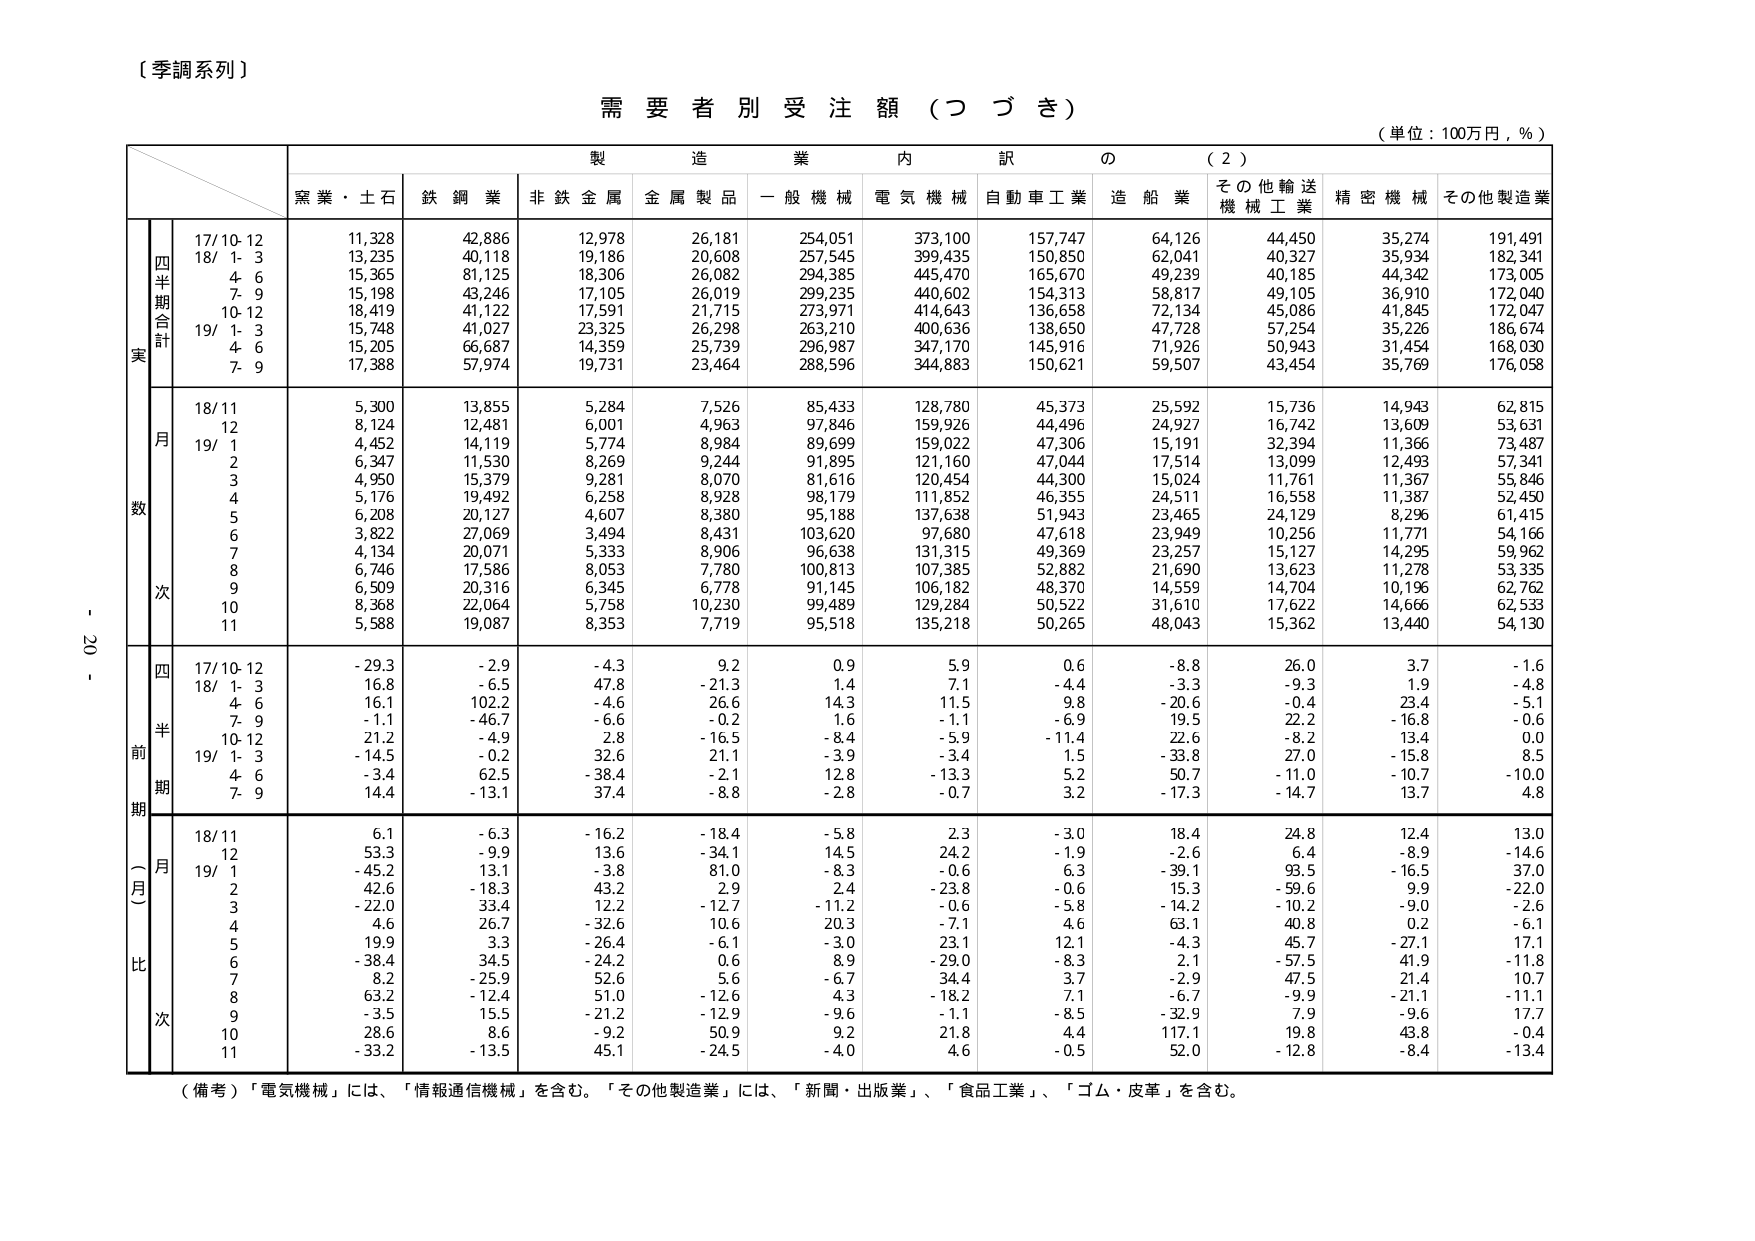
〔季調系列〕

需要者別受注額（つづき）

（単位：100万円，％）

製造業内訳の（2）

窯業・土石　鉄鋼業　非鉄金属　金属製品　一般機械　電気機械　自動車工業　造船業　その他輸送機械工業　精密機械　その他製造業

四半期合計
実
17/10-12　11,328　42,886　12,978　26,181　254,051　373,100　157,747　64,126　44,450　35,274　191,491
18/ 1- 3　13,235　40,118　19,186　20,608　257,545　399,435　150,850　62,041　40,327　35,934　182,341
　4- 6　15,365　81,125　18,306　26,082　294,385　445,470　165,670　49,239　40,185　44,342　173,005
　7- 9　15,198　43,246　17,105　26,019　299,235　440,602　154,313　58,817　49,105　36,910　172,040
　10-12　18,419　41,122　17,591　21,715　273,971　414,643　136,658　72,134　45,086　41,845　172,047
19/ 1- 3　15,748　41,027　23,325　26,298　263,210　400,636　138,650　47,728　57,254　35,226　186,674
　4- 6　15,205　66,687　14,359　25,739　296,987　347,170　145,916　71,926　50,943　31,454　168,030
　7- 9　17,388　57,974　19,731　23,464　288,596　344,883　150,621　59,507　43,454　35,769　176,058

月
数
18/11　5,300　13,855　5,284　7,526　85,433　128,780　45,373　25,592　15,736　14,943　62,815
　12　8,124　12,481　6,001　4,963　97,846　159,926　44,496　24,927　16,742　13,609　53,631
19/ 1　4,452　14,119　5,774　8,984　89,699　159,022　47,306　15,191　32,394　11,366　73,487
　2　6,347　11,530　8,269　9,244　91,895　121,160　47,044　17,514　13,099　12,493　57,341
　3　4,950　15,379　9,281　8,070　81,616　120,454　44,300　15,024　11,761　11,367　55,846
　4　5,176　19,492　6,258　8,928　98,179　111,852　46,355　24,511　16,558　11,387　52,450
　5　6,208　20,127　4,607　8,380　95,188　137,638　51,943　23,465　24,129　8,296　61,415
　6　3,822　27,069　3,494　8,431　103,620　97,680　47,618　23,949　10,256　11,771　54,166
　7　4,134　20,071　5,333　8,906　96,638　131,315　49,369　23,257　15,127　14,295　59,962
　8　6,746　17,586　8,053　7,780　100,813　107,385　52,882　21,690　13,623　11,278　53,335
　9　6,509　20,316　6,345　6,778　91,145　106,182　48,370　14,559　14,704　10,196　62,762
　10　8,368　22,064　5,758　10,230　99,489　129,284　50,522　31,610　17,622　14,666　62,533
　11　5,588　19,087　8,353　7,719　95,518　135,218　50,265　48,043　15,362　13,440　54,130

四
半
期
前
期
（月）
比
次
17/10-12　-29.3　-2.9　-4.3　9.2　0.9　5.9　0.6　-8.8　26.0　3.7　-1.6
18/ 1- 3　16.8　-6.5　47.8　-21.3　1.4　7.1　-4.4　-3.3　-9.3　1.9　-4.8
　4- 6　16.1　102.2　-4.6　26.6　14.3　11.5　9.8　-20.6　-0.4　23.4　-5.1
　7- 9　-1.1　-46.7　-6.6　-0.2　1.6　-1.1　-6.9　19.5　22.2　-16.8　-0.6
　10-12　21.2　-4.9　2.8　-16.5　-8.4　-5.9　-11.4　22.6　-8.2　13.4　0.0
19/ 1- 3　-14.5　-0.2　32.6　21.1　-3.9　-3.4　1.5　-33.8　27.0　-15.8　8.5
　4- 6　-3.4　62.5　-38.4　-2.1　12.8　-13.3　5.2　50.7　-11.0　-10.7　-10.0
　7- 9　14.4　-13.1　37.4　-8.8　-2.8　-0.7　3.2　-17.3　-14.7　13.7　4.8

18/11　6.1　-6.3　-16.2　-18.4　-5.8　2.3　-3.0　18.4　24.8　12.4　13.0
　12　53.3　-9.9　13.6　-34.1　14.5　24.2　-1.9　-2.6　6.4　-8.9　-14.6
19/ 1　-45.2　13.1　-3.8　81.0　-8.3　-0.6　6.3　-39.1　93.5　-16.5　37.0
　2　42.6　-18.3　43.2　2.9　2.4　-23.8　-0.6　15.3　-59.6　9.9　-22.0
　3　-22.0　33.4　12.2　-12.7　-11.2　-0.6　-5.8　-14.2　-10.2　-9.0　-2.6
　4　4.6　26.7　-32.6　10.6　20.3　-7.1　4.6　63.1　40.8　0.2　-6.1
　5　19.9　3.3　-26.4　-6.1　-3.0　23.1　12.1　-4.3　45.7　-27.1　17.1
　6　-38.4　34.5　-24.2　0.6　8.9　-29.0　-8.3　2.1　-57.5　41.9　-11.8
　7　8.2　-25.9　52.6　5.6　-6.7　34.4　3.7　-2.9　47.5　21.4　10.7
　8　63.2　-12.4　51.0　-12.6　4.3　-18.2　7.1　-6.7　-9.9　-21.1　-11.1
　9　-3.5　15.5　-21.2　-12.9　-9.6　-1.1　-8.5　-32.9　7.9　-9.6　17.7
　10　28.6　8.6　-9.2　50.9　9.2　21.8　4.4　117.1　19.8　43.8　-0.4
　11　-33.2　-13.5　45.1　-24.5　-4.0　4.6　-0.5　52.0　-12.8　-8.4　-13.4

（備考）「電気機械」には、「情報通信機械」を含む。「その他製造業」には、「新聞・出版業」、「食品工業」、「ゴム・皮革」を含む。